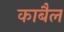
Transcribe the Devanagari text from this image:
काबैल